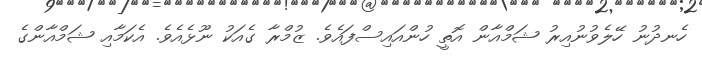
ހެނދުނު ހޭލެވުނުއިރު ޝަމްއާން އޮތީ ހުންއައިސްފައެވެ. ޒުމްރާ ގެއަކު ނޫޅެއެވެ. އެކަމާއި ޝަމްއާންގެ